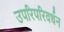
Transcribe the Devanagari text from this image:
उपरिपरिवर्धन